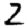
Digit: 2